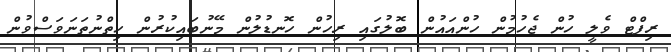
ރިފްޓް ވެލީ ހުން ޖެހުމުން ހުންއައުން ބޮލުގައި ރިހުން ހޮނޑުލުން މޭނުބައިކުރުން ހިތްނުތަނަވަސްވުން